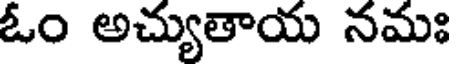
ఓం అచ్యుతాయ నమః